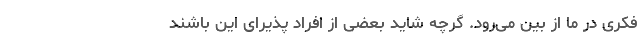
فکری در ما از بین می‌رود. گرچه شاید بعضی از افراد پذیرای این باشند